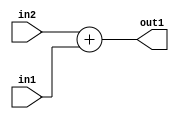
`timescale 1ps / 1ps
/*****************************************************************************
    Verilog RTL Description
    
    
    Created by: Stratus DpOpt 2019.1.01 
*******************************************************************************/

module SobelFilter_Add_12Sx9U_12S_4 (
	in2,
	in1,
	out1
	); /* architecture "behavioural" */ 
input [11:0] in2;
input [8:0] in1;
output [11:0] out1;
wire [11:0] asc001;

assign asc001 = 
	+(in2)
	+(in1);

assign out1 = asc001;
endmodule

/* CADENCE  ubL0Qw4= : u9/ySgnWtBlWxVPRXgAZ4Og= ** DO NOT EDIT THIS LINE ******/